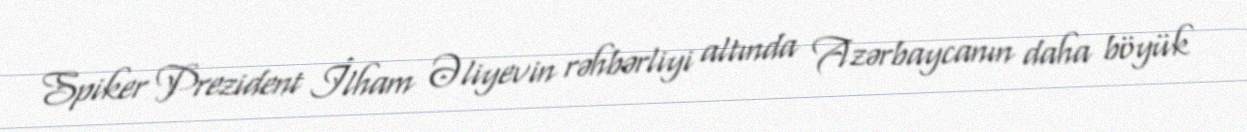
Spiker Prezident İlham Əliyevin rəhbərliyi altında Azərbaycanın daha böyük